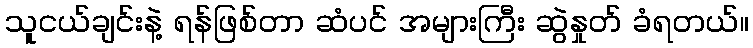
သူငယ်ချင်းနဲ့ ရန်ဖြစ်တာ ဆံပင် အများကြီး ဆွဲနှုတ် ခံရတယ်။